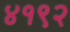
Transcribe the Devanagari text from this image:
४१९२